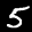
Label: 5